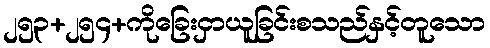
၂၅၃+၂၅၄+ကိုခြေးငှာယူခြင်းစသည်နှင့်တူသော